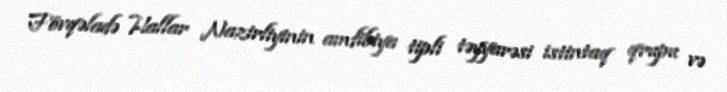
Fövqəladə Hallar Nazirliyinin amfibiya tipli təyyarəsi istintaq qrupu və